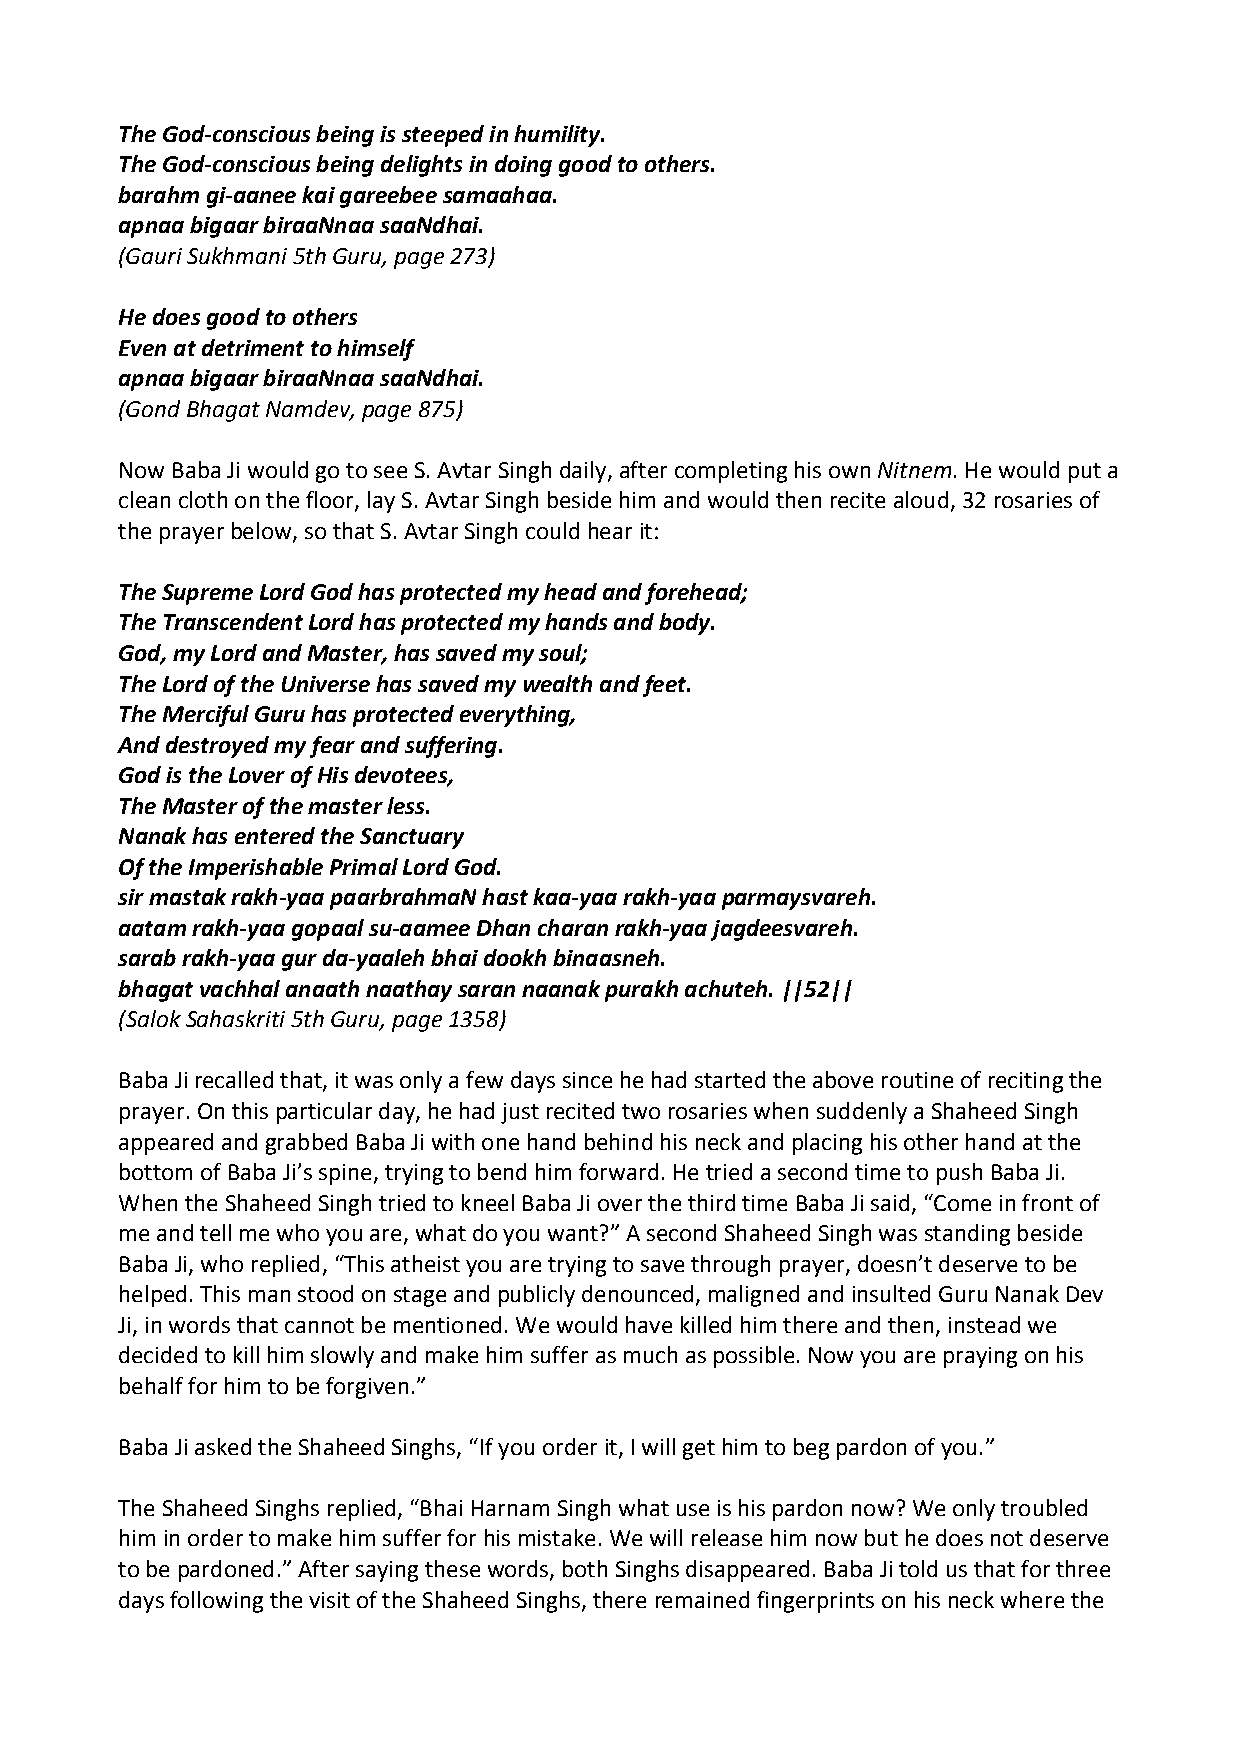
The God‐conscious being is steeped in humility.
 The God‐conscious being delights in doing good to others.
 barahm gi‐aanee kai gareebee samaahaa.
 apnaa bigaar biraaNnaa saaNdhai.
 (Gauri Sukhmani 5th Guru, page 273)
 He does good to others
 Even at detriment to himself
 apnaa bigaar biraaNnaa saaNdhai.
 (Gond Bhagat Namdev, page 875)
 Now Baba Ji would go to see S. Avtar Singh daily, after completing his own Nitnem. He would put a
 clean cloth on the floor, lay S. Avtar Singh beside him and would then recite aloud, 32 rosaries of
 the prayer below, so that S. Avtar Singh could hear it:
 The Supreme Lord God has protected my head and forehead;
 The Transcendent Lord has protected my hands and body.
 God, my Lord and Master, has saved my soul;
 The Lord of the Universe has saved my wealth and feet.
 The Merciful Guru has protected everything,
 And destroyed my fear and suffering.
 God is the Lover of His devotees,
 The Master of the master less.
 Nanak has entered the Sanctuary
 Of the Imperishable Primal Lord God.
 sir mastak rakh‐yaa paarbrahmaN hast kaa‐yaa rakh‐yaa parmaysvareh.
 aatam rakh‐yaa gopaal su‐aamee Dhan charan rakh‐yaa jagdeesvareh.
 sarab rakh‐yaa gur da‐yaaleh bhai dookh binaasneh.
 bhagat vachhal anaath naathay saran naanak purakh achuteh. ||52||
 (Salok Sahaskriti 5th Guru, page 1358)
 Baba Ji recalled that, it was only a few days since he had started the above routine of reciting the
 prayer. On this particular day, he had just recited two rosaries when suddenly a Shaheed Singh
 appeared and grabbed Baba Ji with one hand behind his neck and placing his other hand at the
 bottom of Baba Ji’s spine, trying to bend him forward. He tried a second time to push Baba Ji.
 When the Shaheed Singh tried to kneel Baba Ji over the third time Baba Ji said, “Come in front of
 me and tell me who you are, what do you want?” A second Shaheed Singh was standing beside
 Baba Ji, who replied, “This atheist you are trying to save through prayer, doesn’t deserve to be
 helped. This man stood on stage and publicly denounced, maligned and insulted Guru Nanak Dev
 Ji, in words that cannot be mentioned. We would have killed him there and then, instead we
 decided to kill him slowly and make him suffer as much as possible. Now you are praying on his
 behalf for him to be forgiven.”
 Baba Ji asked the Shaheed Singhs, “If you order it, I will get him to beg pardon of you.”
 The Shaheed Singhs replied, “Bhai Harnam Singh what use is his pardon now? We only troubled
 him in order to make him suffer for his mistake. We will release him now but he does not deserve
 to be pardoned.” After saying these words, both Singhs disappeared. Baba Ji told us that for three
 days following the visit of the Shaheed Singhs, there remained fingerprints on his neck where the